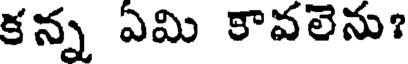
కన్న ఏమి కావలెను?